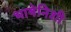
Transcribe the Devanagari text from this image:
भाषेनिशी